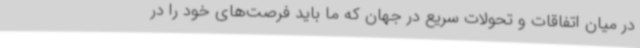
در میان اتفاقات و تحولات سریع در جهان که ما باید فرصت‌های خود را در